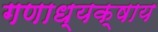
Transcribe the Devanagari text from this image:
गणाध्यक्षाय